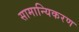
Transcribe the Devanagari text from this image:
सामान्यिकरण